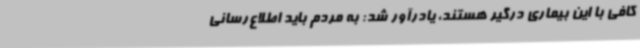
کافی با این بیماری درگیر هستند، یادرآور شد: به مردم باید اطلاع‌رسانی